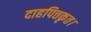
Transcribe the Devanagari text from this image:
दाहपित्तकृत।